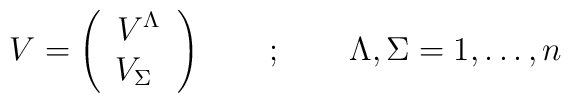
V = \left( \begin{array}{c}    V^\Lambda \\    V_\Sigma \  \end{array}\right) \quad \quad ; \quad \quad  \Lambda,\Sigma=1,\dots,n